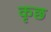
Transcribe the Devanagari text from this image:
कृछ